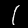
Digit: 1